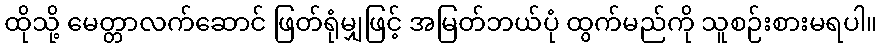
ထိုသို့ မေတ္တာလက်ဆောင် ဖြတ်ရုံမျှဖြင့် အမြတ်ဘယ်ပုံ ထွက်မည်ကို သူစဉ်းစားမရပါ။